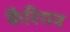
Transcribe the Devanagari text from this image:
कैरिगन